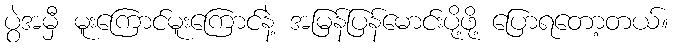
ပွဲအမှီ မူးကြောင်မူးကြောင်နဲ့ အမြန်ပြန်မောင်းပို့ဖို့ ပြောရတော့တယ်။